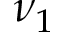
\nu _ { 1 }